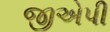
જીએપી